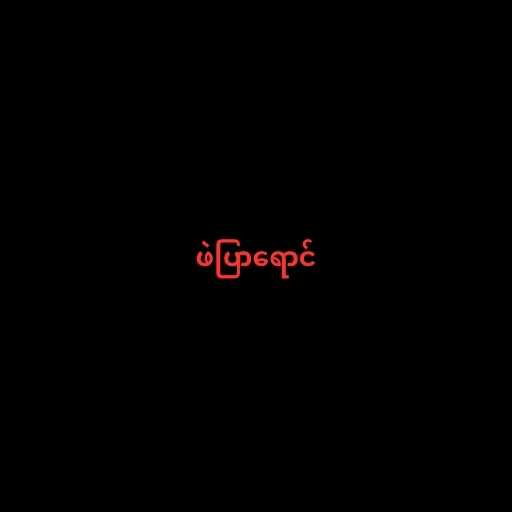
ဖဲပြာရောင်